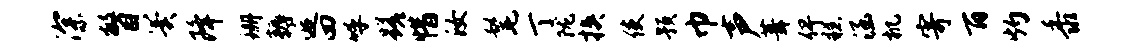
深瞥翼降珊耨逅四呼蹉惜汝髦丁陇挟使预巾声葺俾糕涵机寄百灼黍